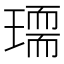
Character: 𰢏